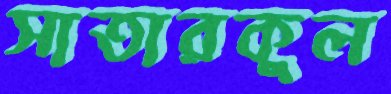
সাতারকুল